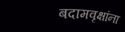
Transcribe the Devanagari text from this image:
बदामवृक्षांना